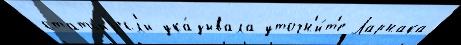
статьиjесл'и ука́зывала уточн'и́т'е Ларнака